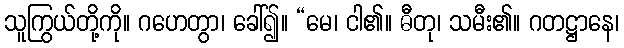
သူကြွယ်တို့ကို။ ဂဟေတွာ၊ ခေါ်၍။ “မေ၊ ငါ၏။ ဓီတု၊ သမီး၏။ ဂတဋ္ဌာနေ၊